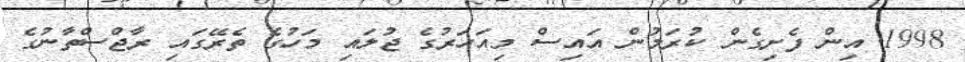
1998 އިން ފެށިގެން ކުރަމުން އައިސް މިއަހަރުގެ ޖުލައި މަހުގެ ތެރޭގައި ރާޖްސްތާނުގެ